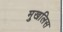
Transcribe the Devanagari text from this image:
मुखलिस